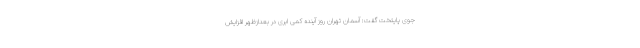
جوی پایتخت گفت: آسمان تهران روز آینده کمی ابری در بعدازظهر افزایش